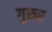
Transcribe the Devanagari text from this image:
गुरुर